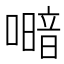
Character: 𭋎